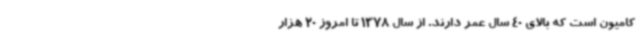
کامیون است که بالای 40 سال عمر دارند. از سال 1378 تا امروز 20 هزار